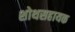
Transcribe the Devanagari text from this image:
शोथसहायक